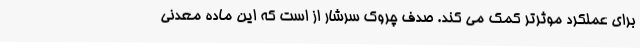
برای عملکرد موثرتر کمک می کند. صدف چروک سرشار از است که این ماده معدنی